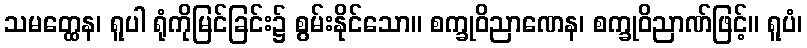
သမတ္ထေန၊ ရူပါ ရုံကိုမြင်ခြင်း၌ စွမ်းနိုင်သော။ စက္ခုဝိညာဏေန၊ စက္ခုဝိညာဏ်ဖြင့်။ ရူပံ၊